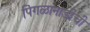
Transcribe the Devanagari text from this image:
पिंगळानाडीची